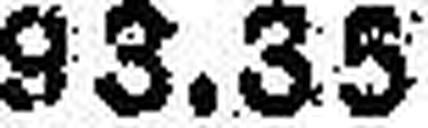
93.35